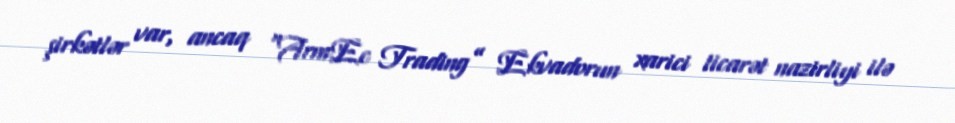
şirkətlər var, ancaq “ArmEc Trading” Ekvadorun xarici ticarət nazirliyi ilə